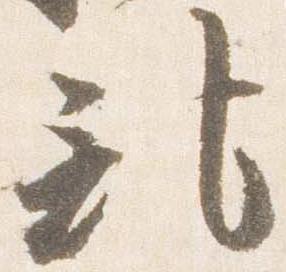
記